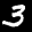
Label: 3